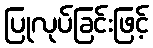
ပြုလုပ်ခြင်းဖြင့်